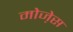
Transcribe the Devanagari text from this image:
मोजे़स